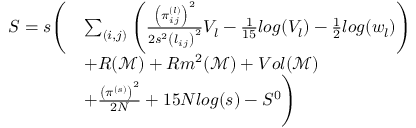
\begin{array} { r l } { S = s \Bigg ( } & { \sum _ { ( i , j ) } \left( \frac { \left( \pi _ { i j } ^ { ( l ) } \right) ^ { 2 } } { 2 s ^ { 2 } \left( l _ { i j } \right) ^ { 2 } } V _ { l } - \frac { 1 } { 1 5 } l o g ( V _ { l } ) - \frac { 1 } { 2 } l o g ( w _ { l } ) \right) } \\ & { + R ( \mathcal { M } ) + R m ^ { 2 } ( \mathcal { M } ) + V o l ( \mathcal { M } ) } \\ & { + \frac { \left( \pi ^ { ( s ) } \right) ^ { 2 } } { 2 N } + 1 5 N l o g ( s ) - S ^ { 0 } \Bigg ) } \end{array}